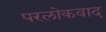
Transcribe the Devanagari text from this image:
परलोकवाद